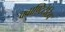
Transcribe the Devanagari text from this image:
क्वाण्टिटेटिव